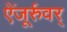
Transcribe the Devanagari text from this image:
ऐंजूर्रुवर्